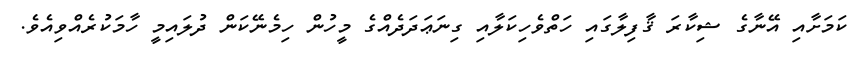
ކަމަށާއި އޭނާގެ ޝިކާރަ ޤާފިލާގައި ހަތްވެހިކަލާއި ގިނަޢަދަދެއްގެ މީހުން ހިމެނޭކަން ދުލައިމީ ހާމަކުރެއްވިއެވެ.